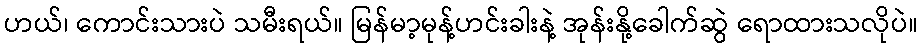
ဟယ်၊ ကောင်းသားပဲ သမီးရယ်။ မြန်မာ့မုန့်ဟင်းခါးနဲ့ အုန်းနို့ခေါက်ဆွဲ ရောထားသလိုပဲ။